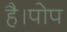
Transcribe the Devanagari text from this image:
है।पोप